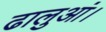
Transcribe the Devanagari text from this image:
ढालुआं।